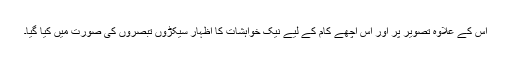
اس کے علاوہ تصویر پر اور اس اچھے کام کے لیے نیک خواہشات کا اظہار سیکڑوں تبصروں کی صورت میں کیا گیا۔